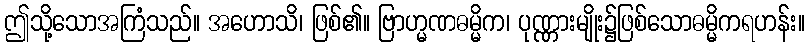
ဤသို့သောအကြံသည်။ အဟောသိ၊ ဖြစ်၏။ ဗြာဟ္မဏဓမ္မိက၊ ပုဏ္ဏားမျိုး၌ဖြစ်သောဓမ္မိကရဟန်း။